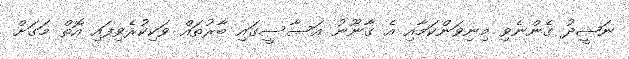
ނަޝީދު ގެންނެވި މިނިވަންކަމާއި އެ ގާނޫނު އަސާސީގައި ބާރުތައް ވަކިކުރެވިފައި އޮތް މަގަށް